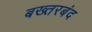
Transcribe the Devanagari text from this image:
बख्‍तरबंद